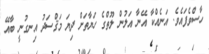
ހާސްވެފައެވެ. އަނެއްކާ އޭނާ އަލުން ލޫތްގެ ހަޔާތަށް ދިޔަ މަޤްސަދު އިނގުނީ ބާއޭ